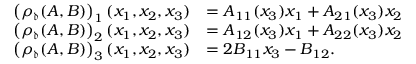
\begin{array} { r l } { \left( \rho _ { \mathfrak { d } } ( A , B ) \right) _ { 1 } ( x _ { 1 } , x _ { 2 } , x _ { 3 } ) } & { = A _ { 1 1 } ( x _ { 3 } ) x _ { 1 } + A _ { 2 1 } ( x _ { 3 } ) x _ { 2 } } \\ { \left( \rho _ { \mathfrak { d } } ( A , B ) \right) _ { 2 } ( x _ { 1 } , x _ { 2 } , x _ { 3 } ) } & { = A _ { 1 2 } ( x _ { 3 } ) x _ { 1 } + A _ { 2 2 } ( x _ { 3 } ) x _ { 2 } } \\ { \left( \rho _ { \mathfrak { d } } ( A , B ) \right) _ { 3 } ( x _ { 1 } , x _ { 2 } , x _ { 3 } ) } & { = 2 B _ { 1 1 } x _ { 3 } - B _ { 1 2 } . } \end{array}